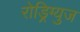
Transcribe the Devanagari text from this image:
रोड्रिग्युज